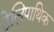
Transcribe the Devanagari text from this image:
टेलिपाथिक